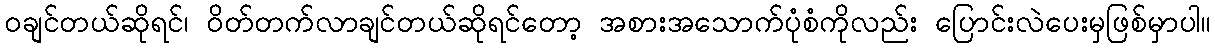
၀ချင်တယ်ဆိုရင်၊ ဝိတ်တက်လာချင်တယ်ဆိုရင်တော့ အစားအသောက်ပုံစံကိုလည်း ပြောင်းလဲပေးမှဖြစ်မှာပါ။